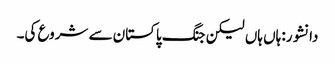
دانشور: ہاں ہاں لیکن جنگ پاکستان سے شروع کی۔